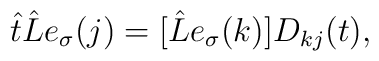
\hat t\hat Le_\sigma (j)=[\hat Le_\sigma (k)]D_{kj}(t),